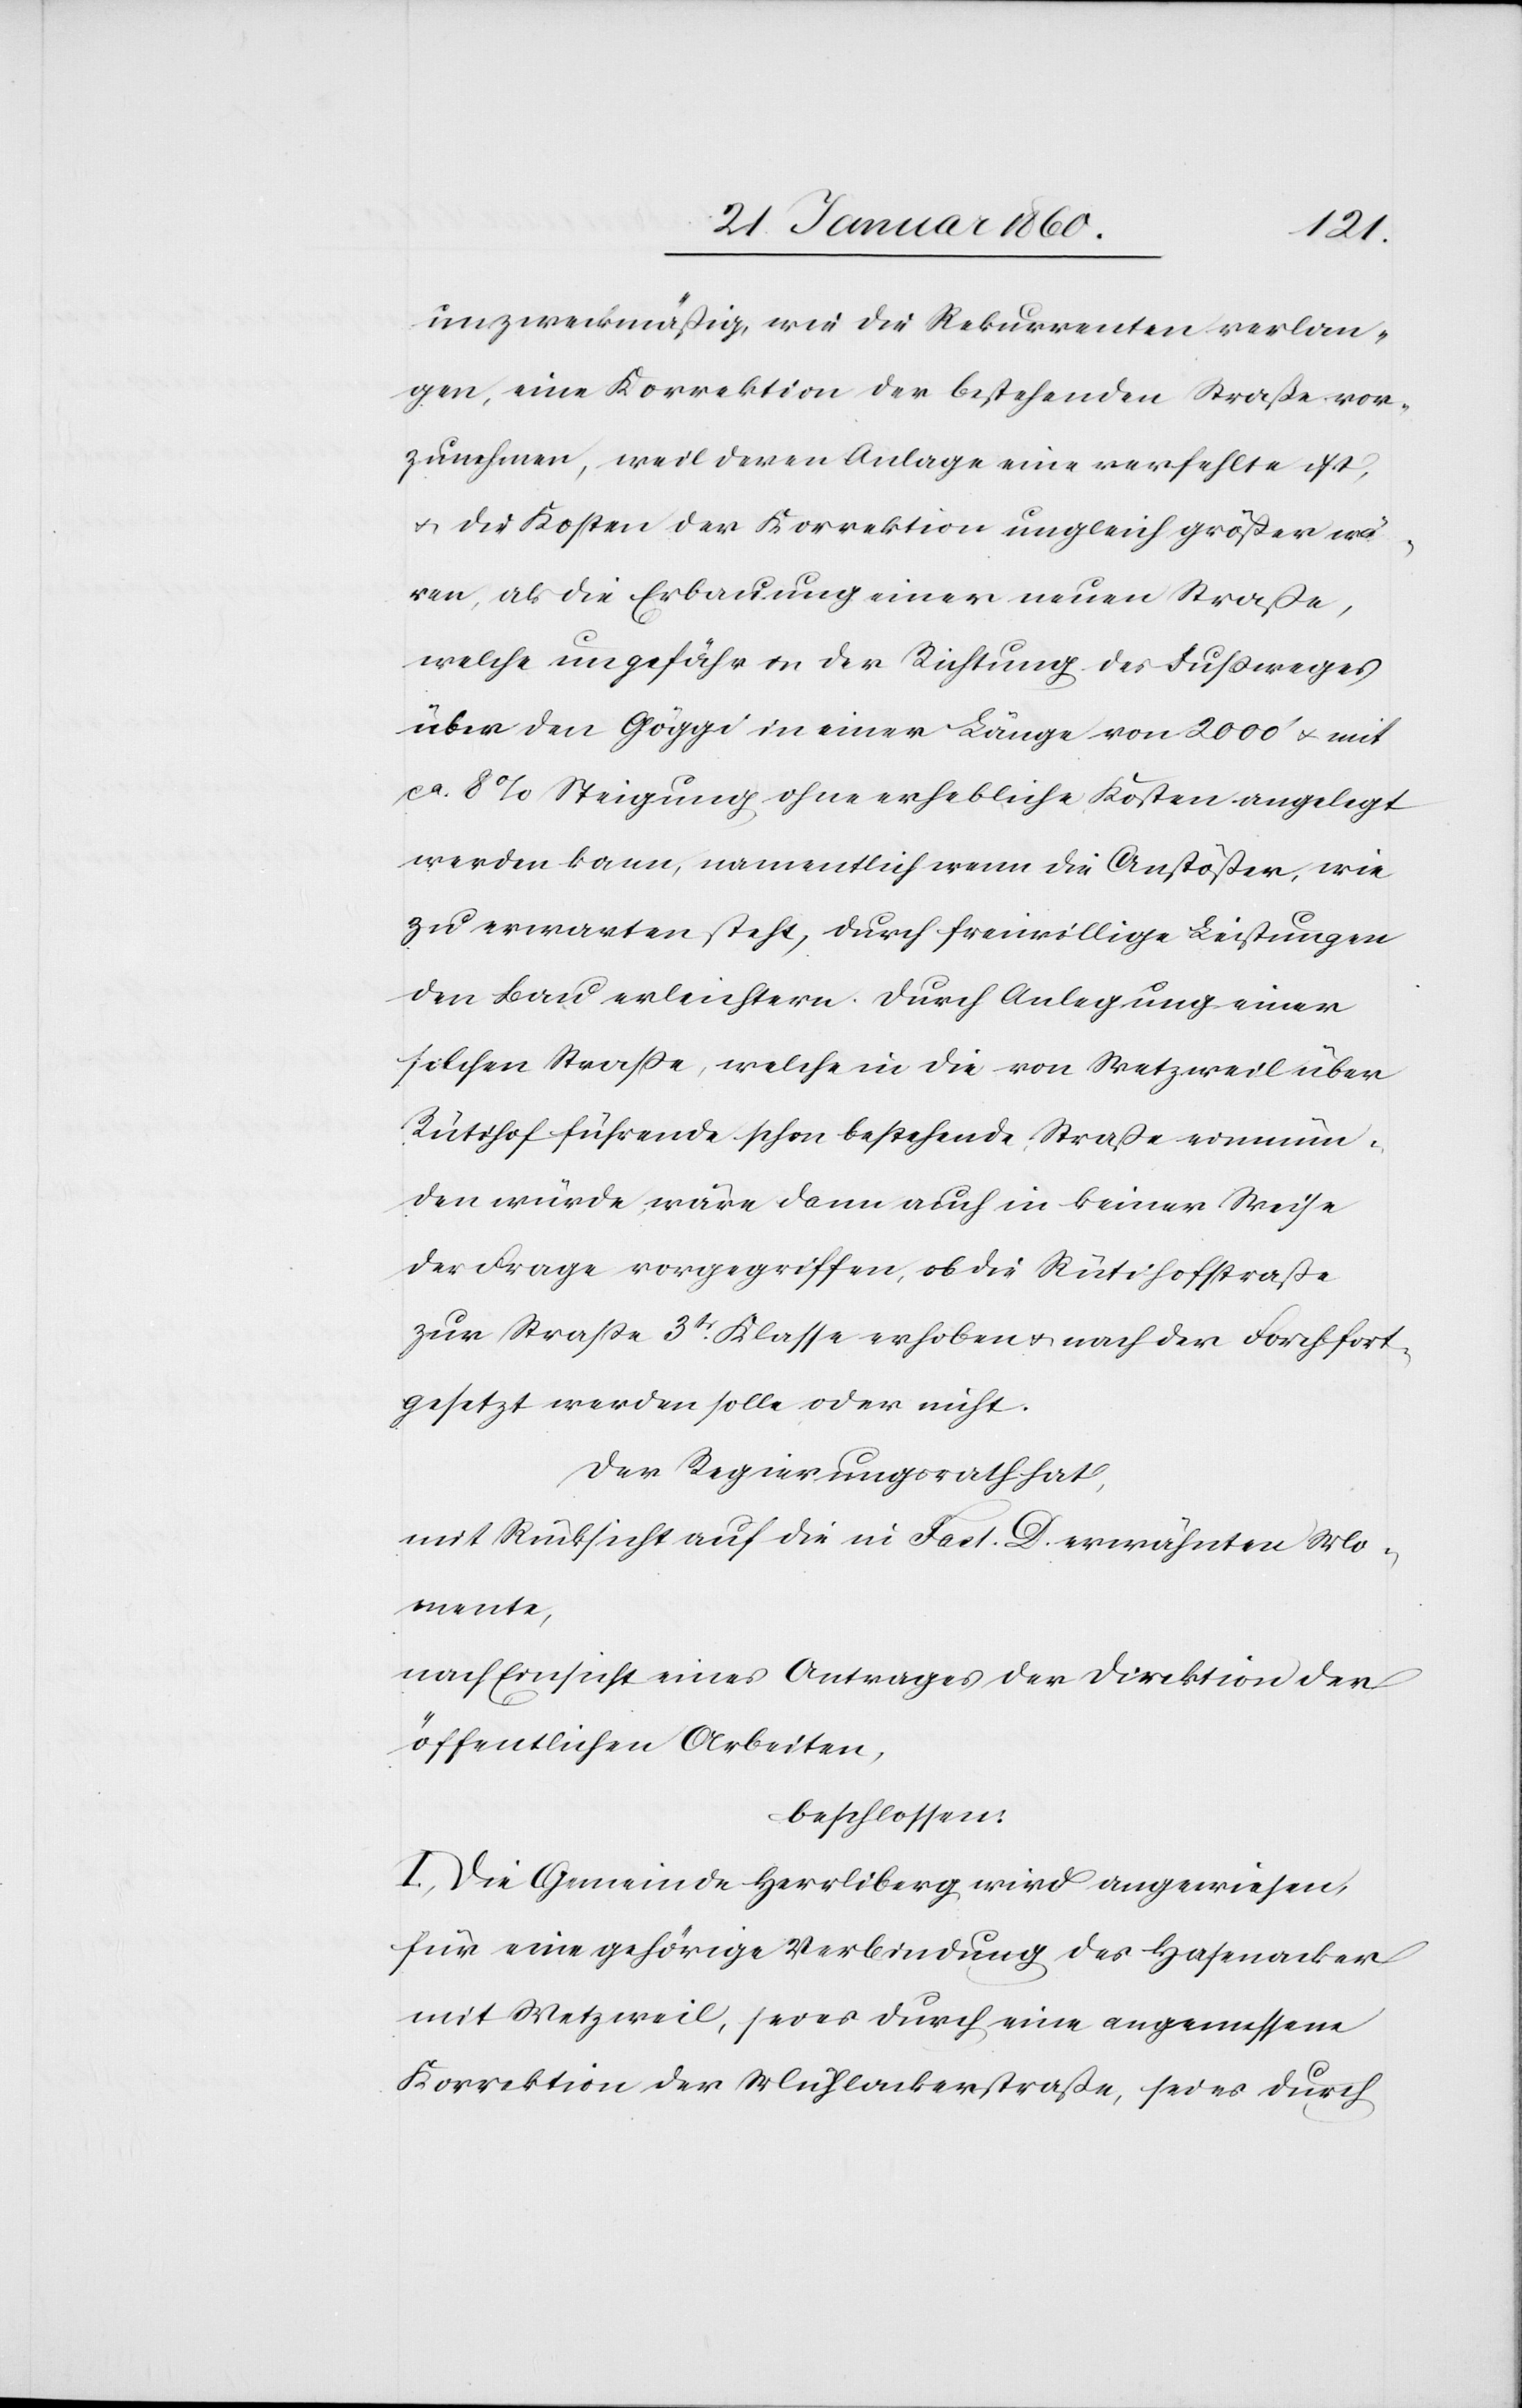
unzweckmäßig, wie die Rekurrenten verlan¬
gen, eine Korrektion der bestehenden Strasse vor¬
zunehmen, weil deren Anlage eine verfehlte ist,
u. die Kosten der Korrektion ungleich größer wä¬
ren, als die Erbauung einer neuen Strasse,
welche ungefähr in der Richtung des Fußweges
über den Göggi in einer Länge von 2000’ u. mit
ca. 8% Steigung ohne erhebliche Kosten angelegt
werden kann, namentlich wenn die Anstößer, wie
zu erwarten steht, durch freiwillige Leistungen
den Bau erleichtern. Durch Anlegung einer
solchen Strasse, welche in die von Wetzweil über
Rütihof führende schon bestehende Strasse einmün¬
den würde, wäre dann auch in keiner Weise
der Frage vorgegriffen, ob die Rütistrasse
zur Strasse 3tr Klasse erhoben u. nach der Forch fort¬
gesetzt werden solle oder nicht.
Der Regierungsrath hat,
mit Rücksicht auf die in Fact. D. erwähnten Mo¬
mente,
nach Einsicht eines Antrages der Direktion der
öffentlichen Arbeiten,
beschlossen:
I. Die Gemeinde Herrliberg wird angewiesen,
für eine gehörige Verbindung des Hasenacker
mit Wetzweil, sei es durch eine angemessene
Korrektion der Mühlackerstrasse, sei es durch